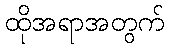
ထိုအရာအတွက်